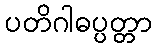
ပတိဂါဓပ္ပတ္တာ